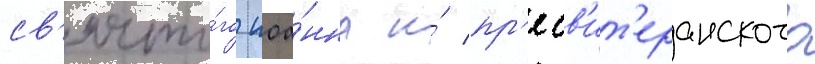
св'ято́го иоа́нна и́ пр'есв'ит'еранского